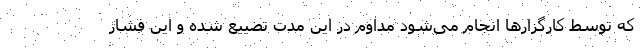
که توسط کارگزارها انجام می‌شود مداوم در این مدت تضییع شده و این فشار